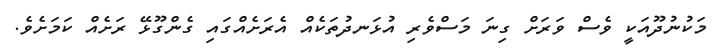
މަކުނުދޫއަކީ ވެސް ވަރަށް ގިނަ މަސްވެރި އުޅަނދުތަކެއް އެރަށެއްގައި ގެންގޫޅޭ ރަށެއް ކަމަށެވެ.